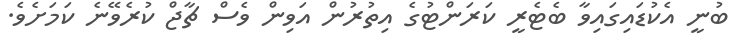
ބުނީ އެކުޑައިގައިވާ ބެޓެރީ ކަރަންޓުގެ އިތުރުން އަވިން ވެސް ޗާޖް ކުރެވޭނެ ކަމަށެވެ.